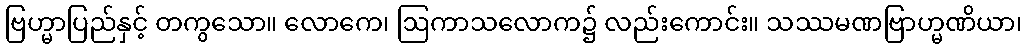
ဗြဟ္မာပြည်နှင့် တကွသော။ လောကေ၊ ဩကာသလောက၌ လည်းကောင်း။ သဿမဏဗြာဟ္မဏိယာ၊